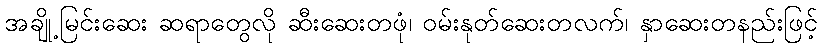
အချို့မြင်းဆေး ဆရာတွေလို ဆီးဆေးတဖုံ၊ ဝမ်းနုတ်ဆေးတလက်၊ နှာဆေးတနည်းဖြင့်